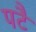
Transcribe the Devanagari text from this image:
पटै